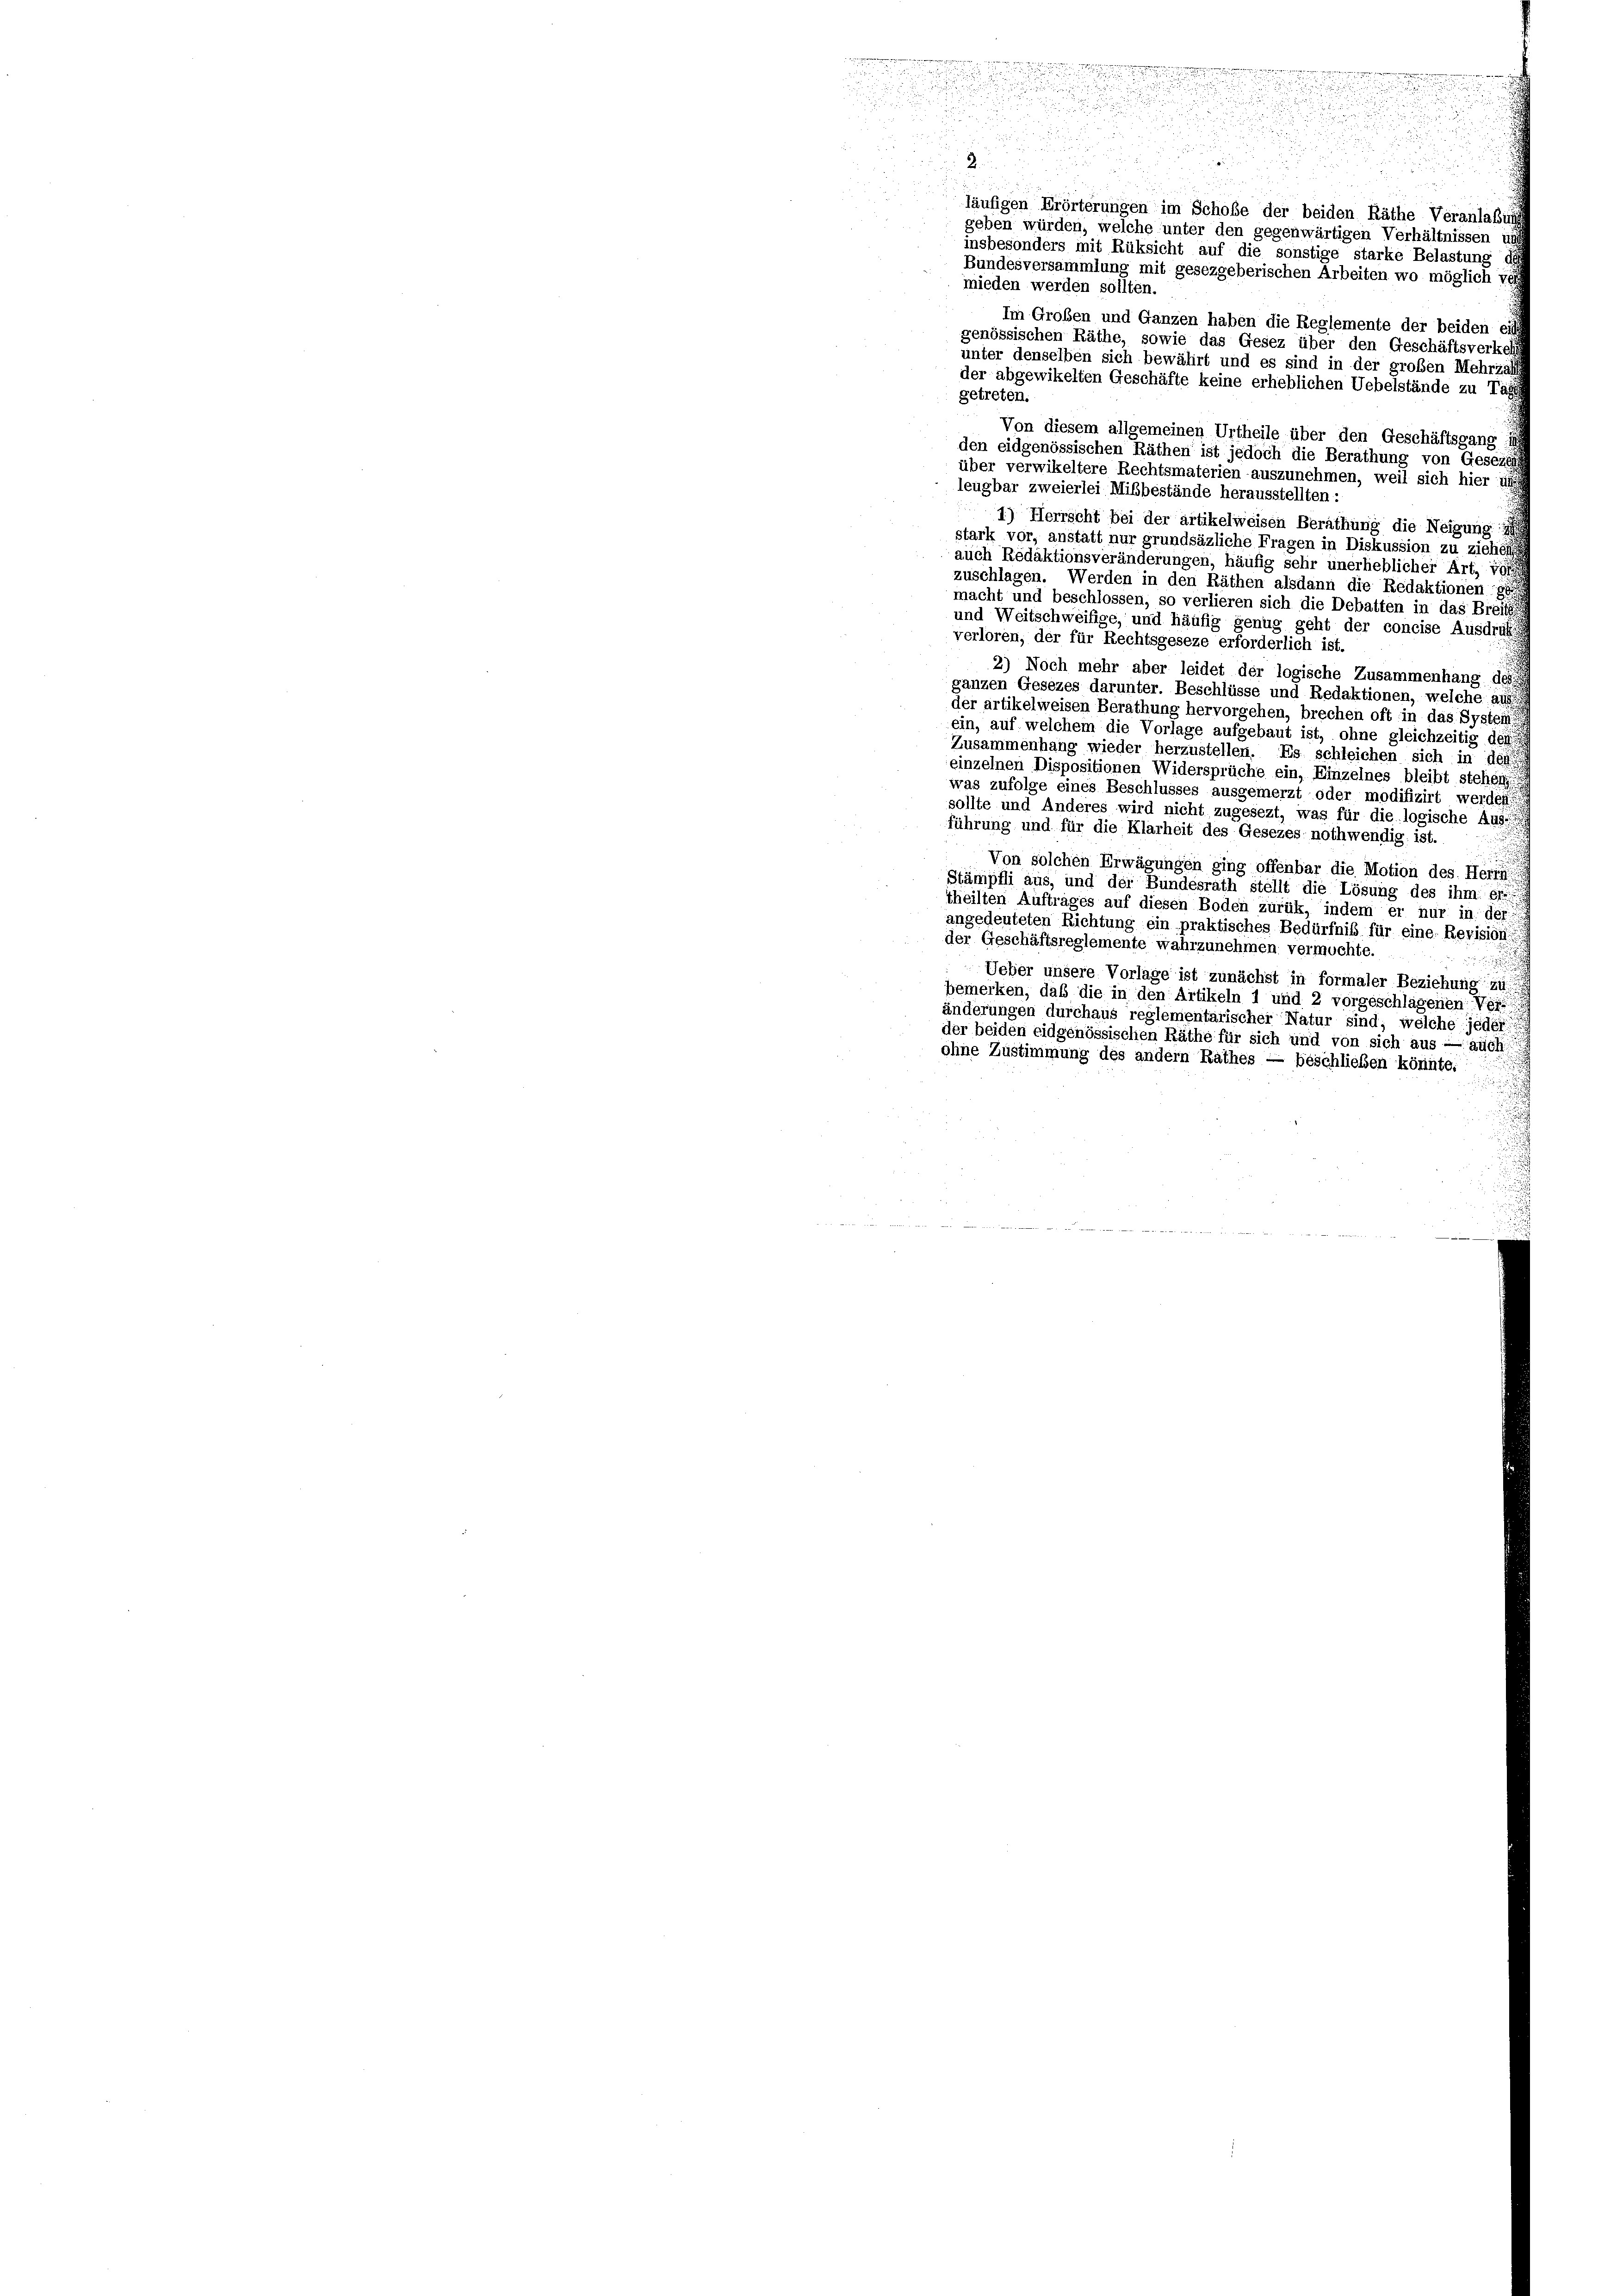
insbesonders mit Rüksicht auf die sonstige starke Belastung de
Bundesversammlung mit gesezgeberischen Arbeiten wo möglich vo
mieden werden sollten.
Im Großen und Ganzen haben die Reglemente der beiden eif
genössischen Räthe, sowie das Gesez über den Geschäftsverkehr
unter denselben sich bewährt und es sind in der großen Mehrzahl
der abgewikelten Geschäfte keine erheblichen Uebelstände zu Tagg
getreten.
Von diesem allgemeinen Urtheile über den Geschäftsgang ih
den eidgenössischen Räthen ist jedoch die Berathung von Gesezt
über verwikeltere Rechtsmaterien auszunehmen, weil sich hier un
leugbar zweierlei Mißbestände herausstellten:
1) Herrscht bei der artikelweisen Berathung die Neigung
stark vor, anstatt nur grundsäzliche Fragen in Diskussion zu ziehen
auch Redaktionsveränderungen, häufig sehr unerheblicher Art, von
zuschlagen. Werden in den Räthen alsdann die Redaktionen ge
macht und beschlossen, so verlieren sich die Debatten in das Breits
und Weitschweifige, und häufig genug geht der concise Ausdru
verloren, der für Rechtsgeseze erforderlich ist.
2) Noch mehr aber leidet der logische Zusammenhang des
ganzen Gesezes darunter. Beschlüsse und Redaktionen, welche aus
der artikelweisen Berathung hervorgehen, brechen oft in das System
ein, auf welchem die Vorlage aufgebaut ist, ohne gleichzeitig der
Zusammenhang wieder herzustellen. Es schleichen sich in des
einzelnen Dispositionen Widersprüche ein, Einzelnes bleibt stehen
was zufolge eines Beschlusses ausgemerzt oder modifizirt werden
sollte und Anderes wird nicht zugesezt, was für die logische Aus-
führung und für die Klarheit des Gesezes nothwendig ist.
Von solchen Erwägungen ging offenbar die Motion des Herrn
Stämpfli aus, und der Bundesrath stellt die Lösung des ihm err
theilten Auftrages auf diesen Boden zurük, indem er nur in der
angedeuteten Richtung ein praktisches Bedürfnis für eine Revision
der Geschäftsreglemente wahrzunehmen vermochte.
u
Ueber unsere Vorlage ist zunächst in formaler Beziehung zu
bemerken, daß die in den Artikeln 1 und 2 vorgeschlagenen Ver-
änderungen durchaus reglementarischer Natur sind, welche jeder
der beiden eidgenössischen Räthe für sich und von sich aus — auch
ohne Zustimmung des andern Rathes — beschließen könnte.
i

enr
d
u
.
d
e

d

25 2
2
läufigen Erörterungen im Schoße der beiden Räthe Veranlaßung
geben würden, welche unter den gegenwärtigen Verhältnissen und